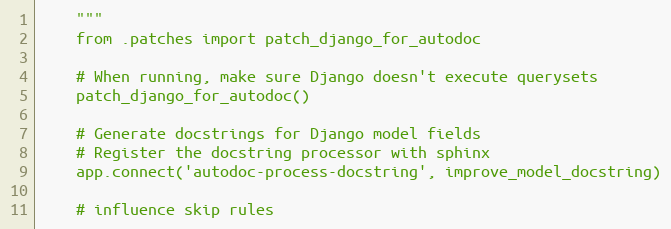
Language: Python
    """
    from .patches import patch_django_for_autodoc

    # When running, make sure Django doesn't execute querysets
    patch_django_for_autodoc()

    # Generate docstrings for Django model fields
    # Register the docstring processor with sphinx
    app.connect('autodoc-process-docstring', improve_model_docstring)

    # influence skip rules